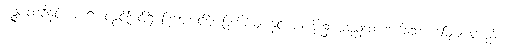
ပုဉ္ဇပထဝီနှင့် စပ်၍ လွင်ပြင်ရှိ ခြတောင်ပို့ ခြအိမ်များနှင့် ပန်အိုး၌ ထည့်ထားအပ်သော မြေများလည်း